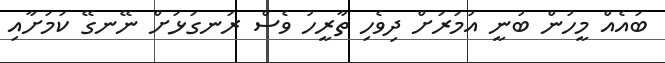
ބައެއް މީހުން ބުނީ އުމަރަށް ދިވެހި ތާރީހު ވެސް ރަނގަޅަށް ނޭނގޭ ކަމަށާއި